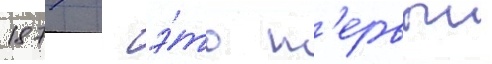
1877 - э́то п'ервыи